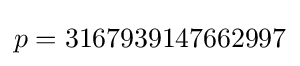
p=3167939147662997